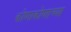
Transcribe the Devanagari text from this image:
कोणाकोणाच्या